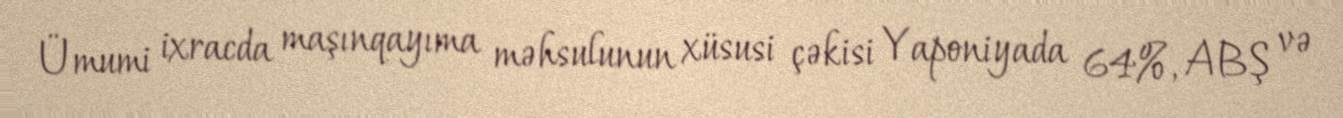
Ümumi ixracda maşınqayıma məhsulunun xüsusi çəkisi Yaponiyada 64%, ABŞ və